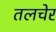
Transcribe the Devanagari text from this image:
तलचेर